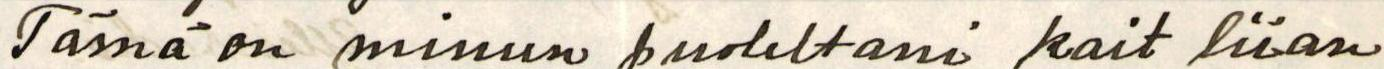
Tämä on minun puoleltani kait liian